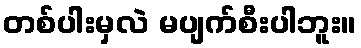
တစ်ပါးမှလဲ မပျက်စီးပါဘူး။